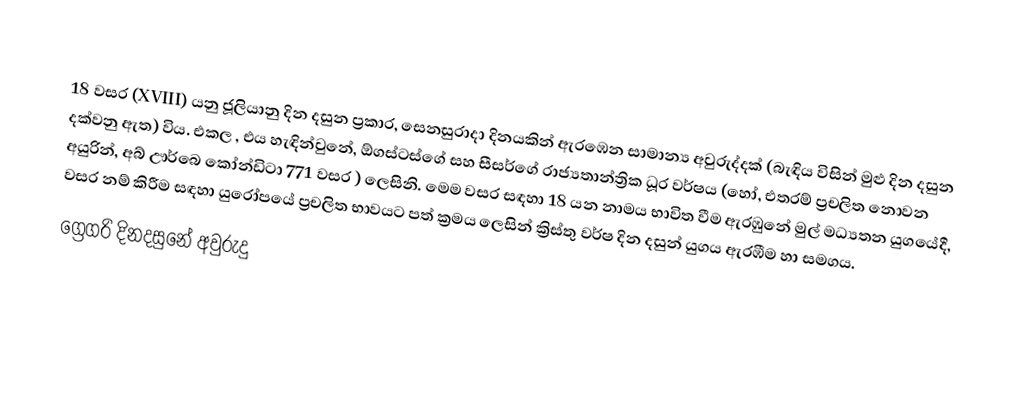

18 වසර (XVIII) යනු ජූලියානු දින දසුන ප්‍රකාර,   සෙනසුරාදා දිනයකින් ඇරඹෙන සාමාන්‍ය අවුරුද්දක් (බැඳිය විසින් මුළු දින දසුන දක්වනු ඇත) විය. එකල ,  එය හැඳින්වුනේ, ඕගස්ටස්ගේ සහ  සීසර්ගේ රාජ්‍යතාන්ත්‍රික  ධූර වර්ෂය (හෝ, එතරම් ප්‍රචලිත නොවන අයුරින්,  අබ් ඌර්බෙ කෝන්ඩිටා 771 වසර  ) ලෙසිනි. මෙම වසර සඳහා 18 යන නාමය භාවිත වීම ඇරඹුනේ මුල් මධ්‍යතන යුගයේදී, වසර නම් කිරීම සඳහා යුරෝපයේ ප්‍රචලිත භාවයට පත් ක්‍රමය ලෙසින් ක්‍රිස්තු වර්ෂ දින දසුන් යුගය ඇරඹීම හා සමගය.
ග්‍රෙගරි දිනදසුනේ අවුරුදු